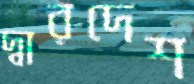
দ্বারদেশ